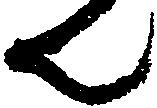
ん